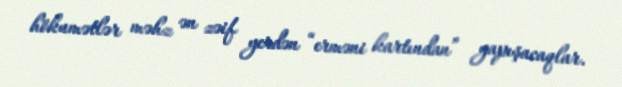
hökumətlər məhz ən zəif yerdən “erməni kartından” yapışacaqlar.